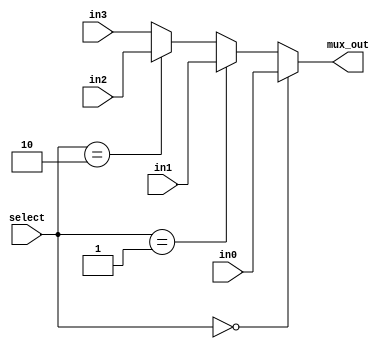
`timescale 1ns / 1ps

// For 7-segment display clock
// Authored by David J Marion

module seg_mux(
    input [6:0] in0,
    input [6:0] in1,
    input [6:0] in2,
    input [6:0] in3,
    input [1:0] select,
    output [6:0] mux_out
    );
    
    assign mux_out =    (select == 2'b00) ? in0 :
                        (select == 2'b01) ? in1 :
                        (select == 2'b10) ? in2 : in3;
endmodule